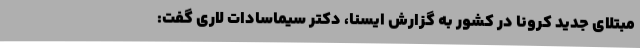
مبتلای جدید کرونا در کشور به گزارش ایسنا، دکتر سیماسادات لاری گفت: